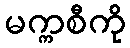
မက္ကစီကို